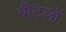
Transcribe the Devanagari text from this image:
बीट्लों